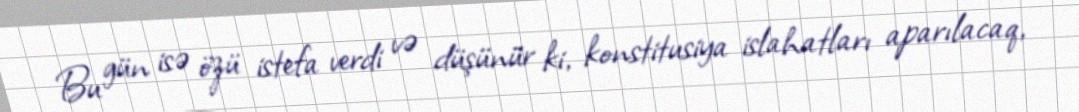
Bu gün isə özü istefa verdi və düşünür ki, konstitusiya islahatları aparılacaq,